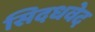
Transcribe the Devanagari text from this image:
सिदधवेद